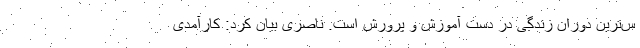
س‌ترین دوران زندگی در دست آموزش و پرورش است. ناصری بیان کرد: کارآمدی